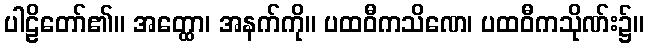
ပါဠိတော်၏။ အတ္ထော၊ အနက်ကို။ ပထဝီကသိဏေ၊ ပထဝီကသိုဏ်း၌။